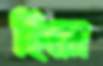
হিরো